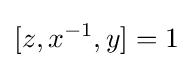
[z,x^{-1},y]=1